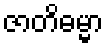
ဇာတိဓမ္မာ